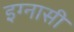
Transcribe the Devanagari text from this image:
इग्नासी